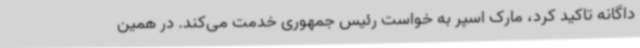
داگانه تاکید کرد، مارک اسپر به خواست رئیس جمهوری خدمت می‌کند. در همین